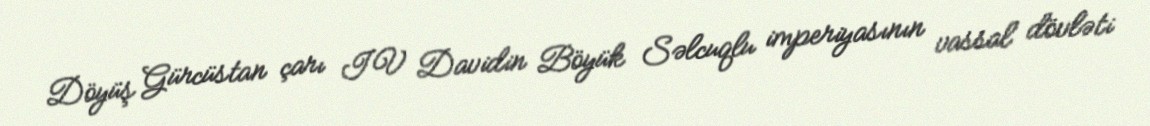
Döyüş Gürcüstan çarı IV Davidin Böyük Səlcuqlu imperiyasının vassal dövləti